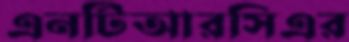
এনটিআরসিএর